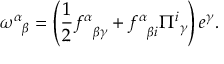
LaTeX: { \omega ^ { \alpha } } _ { \beta } = \left( { \frac { 1 } { 2 } } { f ^ { \alpha } } _ { \beta \gamma } + { f ^ { \alpha } } _ { \beta i } { \Pi ^ { i } } _ { \gamma } \right) e ^ { \gamma } .